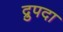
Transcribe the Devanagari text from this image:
द्रुपदा